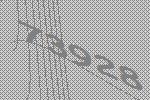
73928